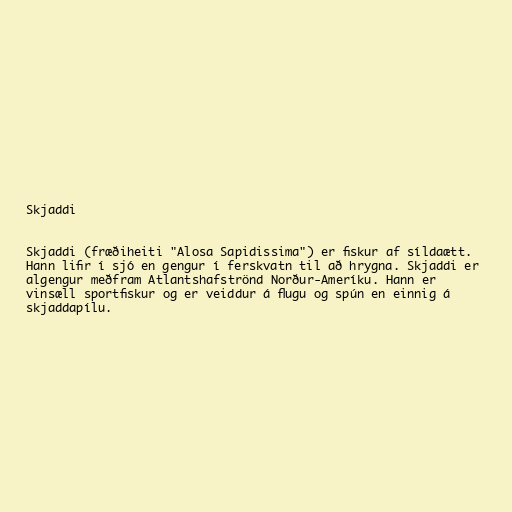
Skjaddi

Skjaddi (fræðiheiti "Alosa Sapidissima") er fiskur af síldaætt.
Hann lifir í sjó en gengur í ferskvatn til að hrygna. Skjaddi er
algengur meðfram Atlantshafströnd Norður-Ameríku. Hann er
vinsæll sportfiskur og er veiddur á flugu og spún en einnig á
skjaddapílu.